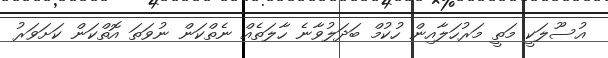
އުސޫލަކީ މަތީ މަރުހަލާއިން ހުކުމް ބަދަލުވާނެ ހާލަތެއް ނެތްކަން ނުވަތަ އޮތްކަން ކަށަވަރު